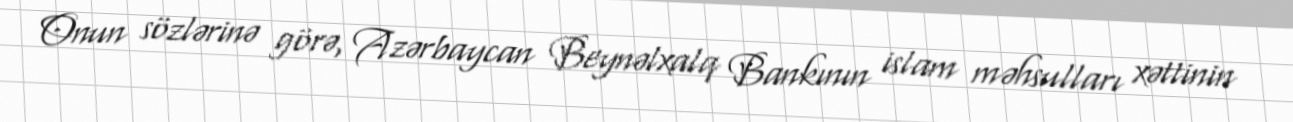
Onun sözlərinə görə, Azərbaycan Beynəlxalq Bankının islam məhsulları xəttinin